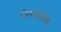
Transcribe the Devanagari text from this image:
जिम्मेदारिया